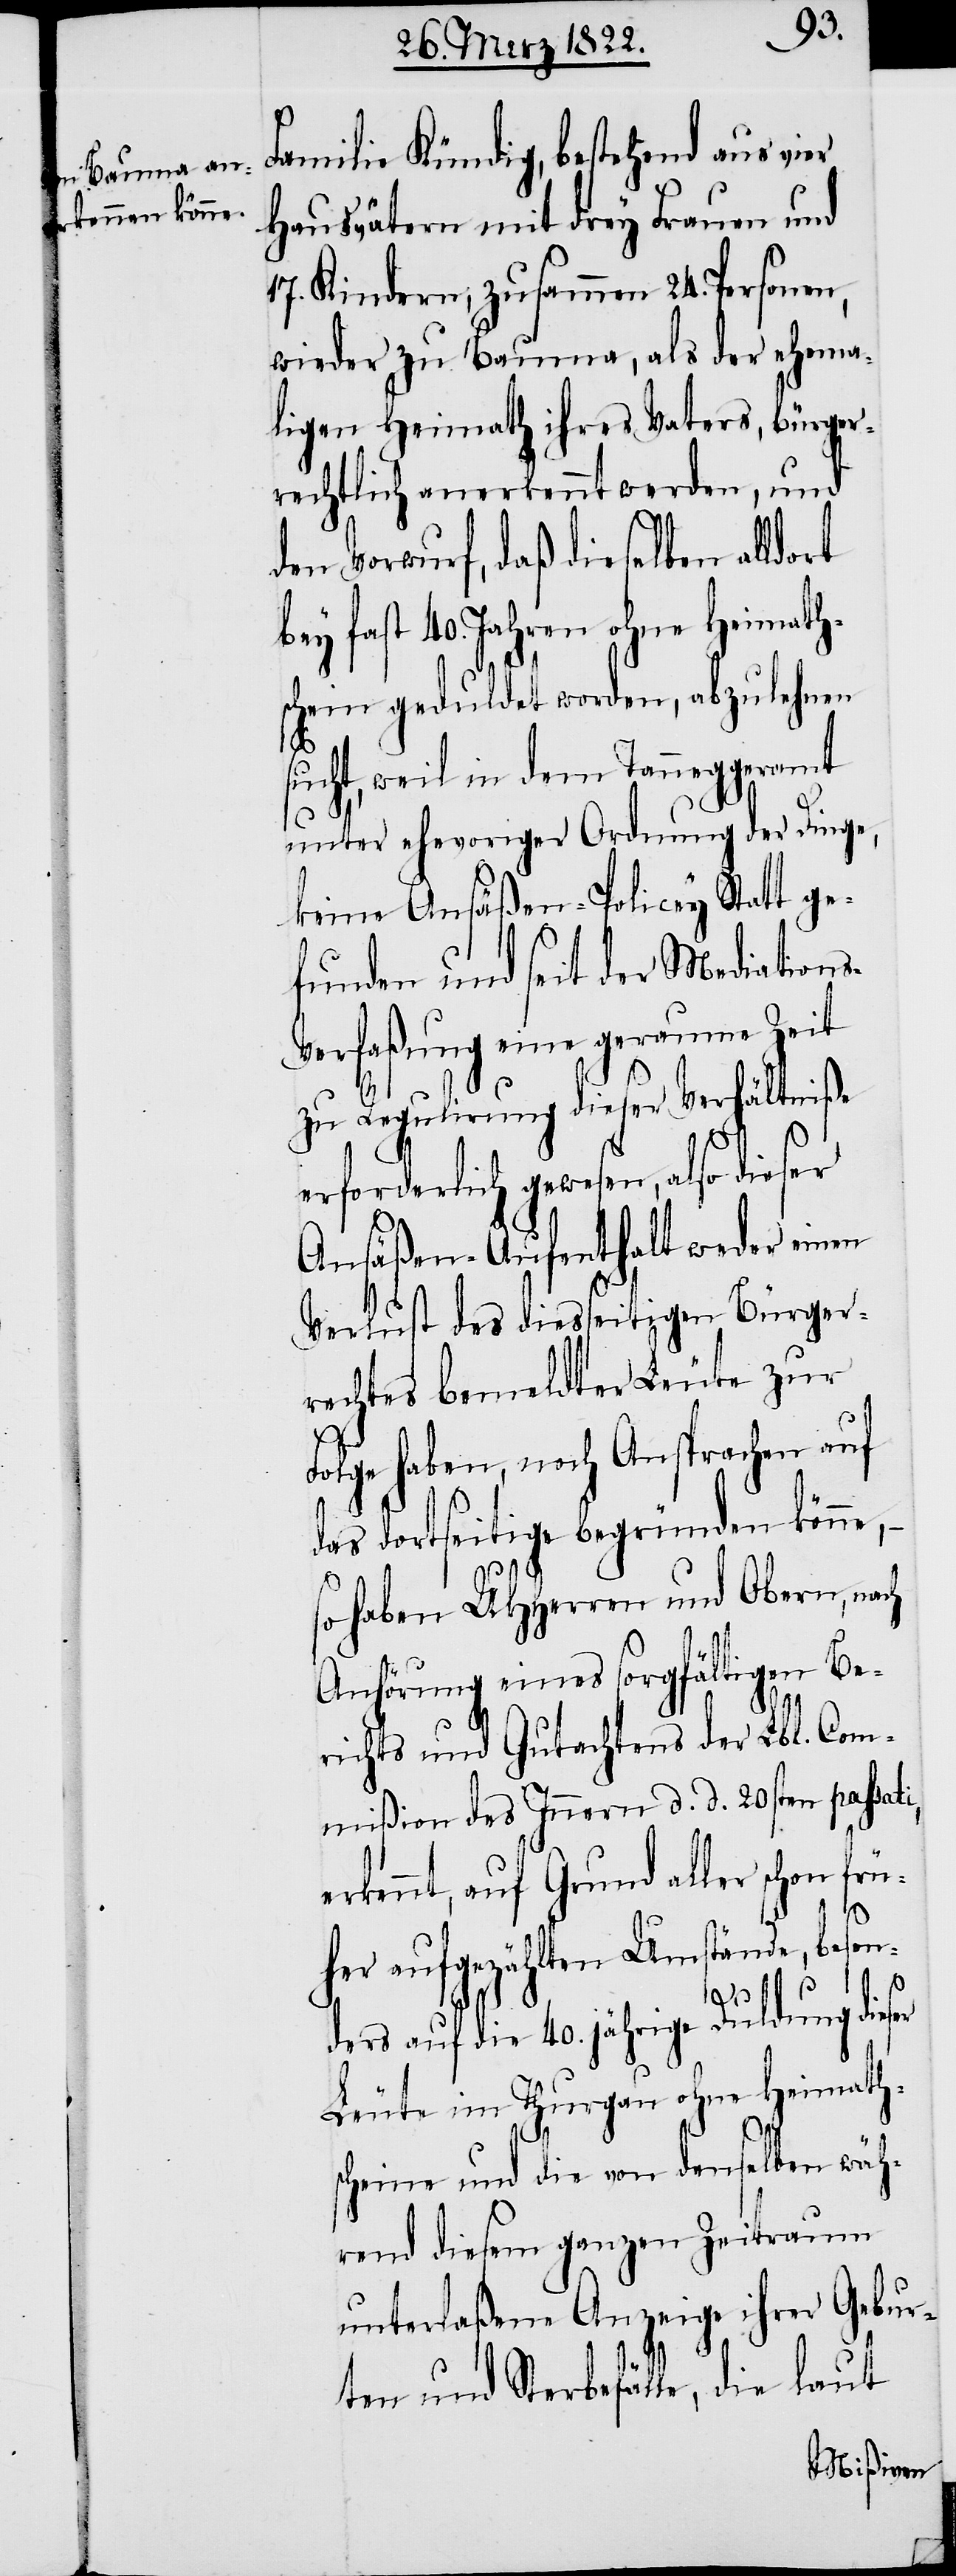
Familie Kündig, bestehend aus vi¬
Hausvätern mit drey Frauen und
17. Kindern, zusammen 24. Personen,
wieder zu Bauma, als der ehema¬
ligen Heimath ihres Vaters, bürger¬
rechtlich anerkennt werden, und
der Vorwurf, daß dieselben alldort
bey fast 40. Jahren ohne Heimath¬
schein geduldet worden, abzulehnen
sucht, weil in dem Tanneggeramt
unter ehevoriger Ordnung der Dinge,
keine Ansäßen-Policey Statt ge¬
funden und seit der Mediation¬
erfaßung eine geraume Zeit
zu Regulirung dieser Verhältniße
s-V¬
erforderlich gewesen, also dieser
Ansäßen-Aufenthalt weder einen
Verlust des diesseitigen Bürger¬
rechtes bemeldter Leute zur
Folge haben, noch Ansprachen auf
das dortseitige begründen könne,
so haben UHHerren und Obern, nach
Anhörung eines sorgfältigen Be¬
richts und Gutachtens der Lbl. Com¬
mißion des Innern d. d. 20sten passat¬
erkennt, auf Grund aller schon frü¬
her aufgezählten Umstände, beson¬
i,
ders auf die 40. jährige Duldung dieser
Leute im Thurgau ohne Heimath¬
scheine und die von denselben wäh¬
rend diesem ganzen Zeitraum
unterlaßene Anzeige ihrer Gebur¬
ten und Sterbefälle, die laut